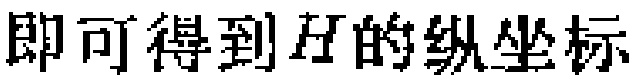
即可得到\(H\)的纵坐标